Report on plague and inoculation in the Punjab from October 1st ... to September 30th..., being the ... season of plague in the province
Disease focus: Plague
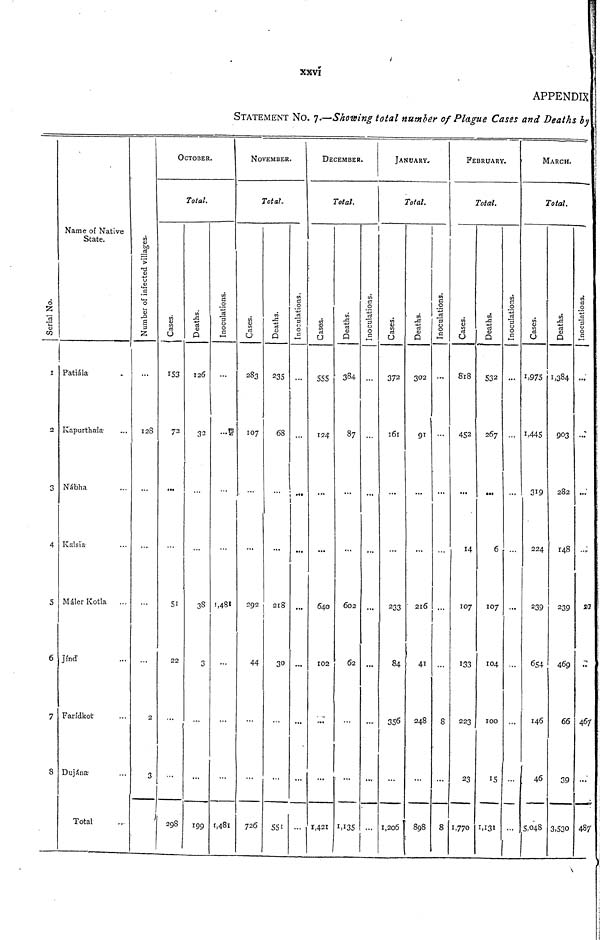
XXVi
APPENDIX
STATEMENT NO. 7.—Showing total number of Plague Cases and Deaths by
Serial No.
1
2
3
4
5
6
7
8
Name of Native
State.
Patiala
Kapurthala
Nabha
Kalsia
Maler Kotla
...
Jind
Faridkot
Dujana
Total
Number of infeceted Villages.
...
128
...
...
...
...
2
3
...
OCTOBER.
Total.
Cases.
153
72
...
...
51
22
...
...
298
Deaths.
126
32
...
...
33
3
...
...
199
Inoculations.
...
...
...
...
1,481
...
...
...
1,481
NOVEMBER.
Total.
Cases.
283
107
...
...
292
44
...
...
726
Deaths.
235
68
...
...
218
30
...
...
551
Inoculations
...
...
•••
...
...
...
...
...
...
DECEMBER.
Total.
Cases
555
124
...
...
640
102
...
...
1,421
Deaths.
384
87
...
...
602
62
...
...
1,135
Inoculations
...
...
...
...
...
...
...
...
...
JANUARY.
Total.
Cases.
372
161
...
...
233
84
356
...
1,206
Deaths.
302
91
...
...
216
41
248
...
898
Inoculations.
...
...
...
...
...
...
8
...
8
FEBRUARY.
Total.
Cases.
818
452
...
14
107
133
223
23
1,770
Deaths.
532
267
...
6
107
104
100
15
1,131
Inoculations.
...
...
...
...
...
...
...
...
...
MARCH.
Total.
cases.
1,975
1,445
319
224
239
654
146
46
5,048
Deaths.
1,384
903
282
148
239
469
66
39
3,530
Inocul
...
...
...
...
20
...
467
...
487